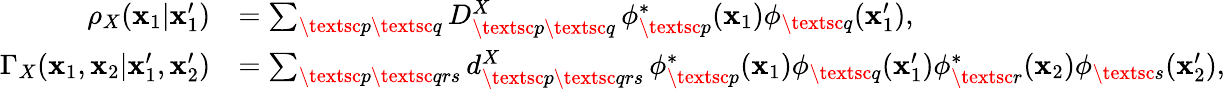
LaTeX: \begin{array}{rl}{\rho_{X}(\mathbf{x}_{1}|\mathbf{x}_{1}^{\prime})}&{=\sum_{\textsc{p}\textsc{q}}D_{\textsc{p}\textsc{q}}^{X}\, \phi_{\textsc{p}}^{*}({\mathbf{\mathbf{x}}}_{1})\phi_{\textsc{q}}({\mathbf{\mathbf{x}}}_{1}^{\prime}),}\\ {\Gamma_{X}(\mathbf{x}_{1},\mathbf{x}_{2}|\mathbf{x}_{1}^{\prime},\mathbf{x}_{2}^{\prime})}&{=\sum_{\textsc{p}\textsc{qrs}}d_{\textsc{p}\textsc{qrs}}^{X}\, \phi_{\textsc{p}}^{*}(\mathbf{x}_{1})\phi_{\textsc{q}}(\mathbf{x}_{1}^{\prime})\phi_{\textsc{r}}^{*}(\mathbf{x}_{2})\phi_{\textsc{s}}(\mathbf{x}_{2}^{\prime}),}\end{array}